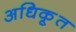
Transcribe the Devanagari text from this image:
अधिकृ्त